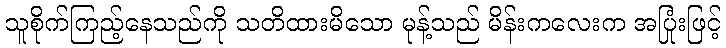
သူစိုက်ကြည့်နေသည်ကို သတိထားမိသော မုန့်သည် မိန်းကလေးက အပြုံးဖြင့်